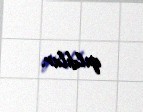
qaldılar.